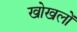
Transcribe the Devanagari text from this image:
खोखलों